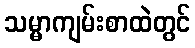
သမ္မာကျမ်းစာထဲတွင်